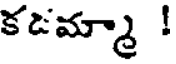
కడమ్మా !